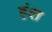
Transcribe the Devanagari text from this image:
हंश